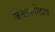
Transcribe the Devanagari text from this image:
जमालगोटाच